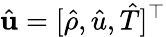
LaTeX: \hat{\mathbf{u}}=[\hat{\rho},\hat{u},\hat{T}]^{\top}